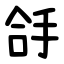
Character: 㧱